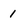
Character: 1